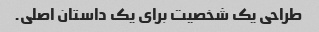
طراحی یک شخصیت برای یک داستان اصلی.